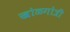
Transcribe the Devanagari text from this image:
खोळगोत्री